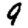
Digit: 9